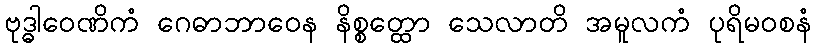
ဗုဒ္ဓါဝေဏိကံ ဂေဓာဘာဝေန နိစ္စတ္ထော သေလာတိ အမူလကံ ပုရိမဝစနံ